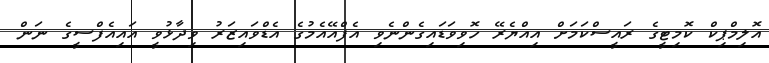
އޮލިމްޕިކް ކޮމިޓީގެ ރައީސްކަމަށް އިއްޔެރޭ ހޮވިވަޑައިގެންނެވި އެފްއޭއެމުގެ އެޑްވައިޒަރު ވިދާޅުވީ އައިއެފްސީގެ ނަން